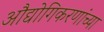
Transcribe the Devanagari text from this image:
औद्योगिकरणांच्या